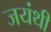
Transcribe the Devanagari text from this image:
जयंथी